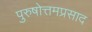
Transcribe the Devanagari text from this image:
पुरुषोत्तमप्रसाद